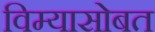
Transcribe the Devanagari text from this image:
विम्यासोबत